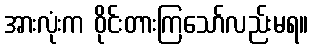
အားလုံးက ဝိုင်းတားကြသော်လည်းမရ။